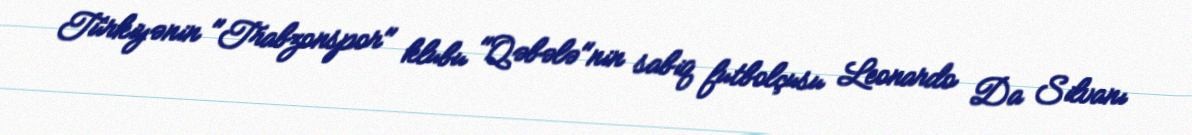
Türkiyənin "Trabzonspor" klubu "Qəbələ"nin sabiq futbolçusu Leonardo Da Silvanı